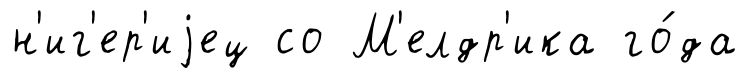
н'иг'ер'иjец со М'елдр'ика го́да